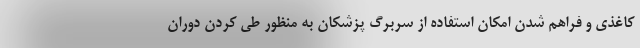
کاغذی و فراهم شدن امکان استفاده از سربرگ پزشکان به منظور طی کردن دوران